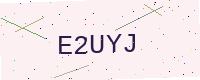
Text: E2UYJ